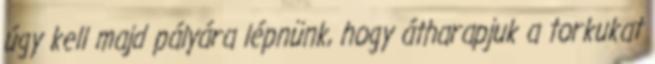
úgy kell majd pályára lépnünk, hogy átharapjuk a torkukat